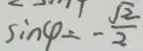
\sin \varphi = - \frac { \sqrt { 2 } } { 2 }